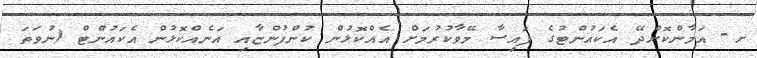
ށ- އަމާންކޮށްދޭ އެކައުންޓުގެ ފައިސާ މޭވާކުރުމަށް އެއްކޮޅުން ކުންފުންޏާއި އަނެއްކޮޅުން އެކައުންޓް (ނުވަތަ